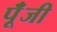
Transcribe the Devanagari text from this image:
पूॅंजी